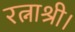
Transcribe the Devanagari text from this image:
रत्नाश्री।